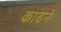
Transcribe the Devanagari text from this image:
काढने